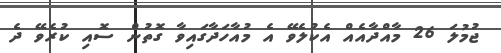
ޖުމުލަ 26 މާއްދާއެއް އެކުލެވޭ އެ މުއާހަދާގައިވާ ގޮތުން ސޮއި ކުރެވޭ ދެ